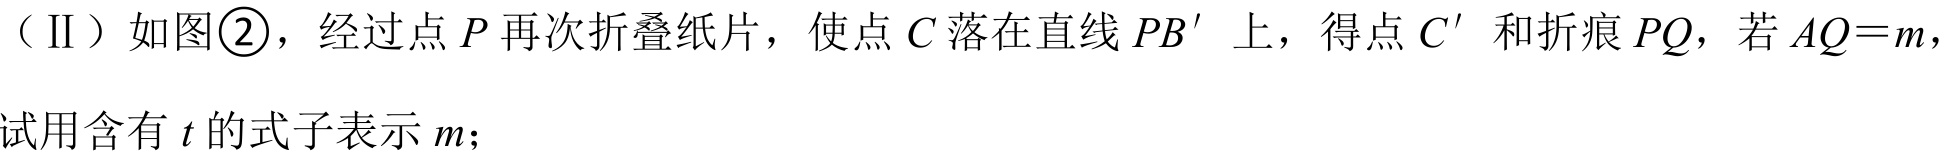
（Ⅱ）如图\textcircled{2}，经过点 \(P\) 再次折叠纸片，使点 \(C\) 落在直线 \(PB'\) 上，得点 \(C'\) 和折痕 \(PQ\)，若 \(AQ = m\)，试用含有 \(t\) 的式子表示 \(m\)；